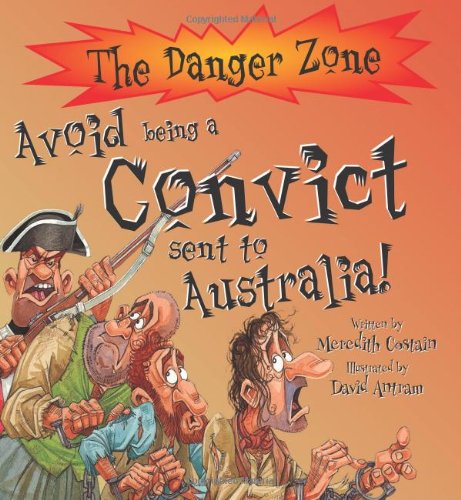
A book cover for Avoid Being a Convict Sent to Australia! (The Danger Zone); Meredith Costain; Children's Books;